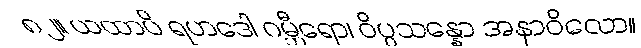
၈၂။ ယထာပိ ရဟဒေါ ဂမ္ဘီရော၊ ဝိပ္ပသန္နော အနာဝိလော။